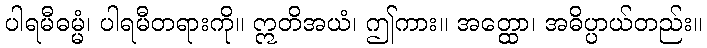
ပါရမီဓမ္မံ၊ ပါရမီတရားကို။ ဣတိအယံ၊ ဤကား။ အတ္ထော၊ အဓိပ္ပာယ်တည်း။